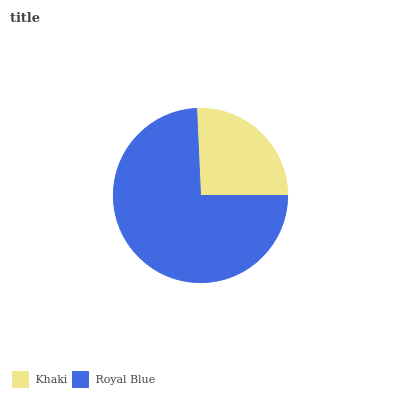
| Khaki | Royal Blue |
 | --- | --- |
 | 25.8% | 74.2% |